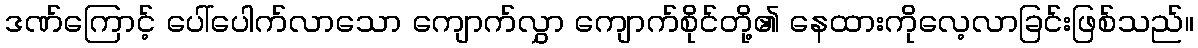
ဒဏ်ကြောင့် ပေါ်ပေါက်လာသော ကျောက်လွှာ ကျောက်စိုင်တို့၏ နေထားကိုလေ့လာခြင်းဖြစ်သည်။